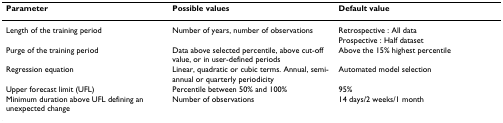
| Parameter | Possible values | Default value |
 | --- | --- | --- |
 | Length of the training period | Number of years, number of observations | Retrospective : All data Prospective : Half dataset |
 | Purge of the training period | Data above selected percentile, above cut-off value, or in user-defined periods | Above the 15% highest percentile |
 | Regression equation | Linear, quadratic or cubic terms. Annual, semi-annual or quarterly periodicity | Automated model selection |
 | Upper forecast limit (UFL) | Percentile between 50% and 100% | 95% |
 | Minimum duration above UFL defining an unexpected change | Number of observations | 14 days/2 weeks/1 month |